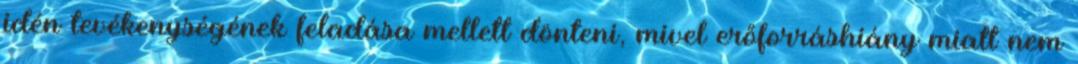
idén tevékenységének feladása mellett dönteni, mivel erőforráshiány miatt nem